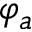
\varphi _ { a }